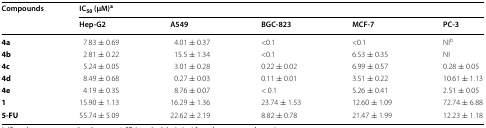
| <ROWSPAN=2> Compounds | <COLSPAN=5> IC50 (μM)a |
 | Hep-G2 | A549 | BGC-823 | MCF-7 | PC-3 |
 | --- | --- | --- | --- | --- | --- |
 | 4a | 7.83 ± 0.69 | 4.01 ± 0.37 | <0.1 | <0.1 | NIb |
 | 4b | 2.81 ± 0.22 | 15.5 ± 1.34 | <0.1 | 6.53 ± 0.35 | NI |
 | 4c | 5.24 ± 0.05 | 3.01 ± 0.28 | 0.22 ± 0.02 | 6.99 ± 0.57 | 0.28 ± 0.05 |
 | 4d | 8.49 ± 0.68 | 0.27 ± 0.03 | 0.11 ± 0.01 | 3.51 ± 0.22 | 10.61 ± 1.13 |
 | 4e | 4.19 ± 0.35 | 8.76 ± 0.07 | < 0.1 | 5.26 ± 0.41 | 2.51 ± 0.05 |
 | 1 | 15.90 ± 1.13 | 16.29 ± 1.36 | 23.74 ± 1.53 | 12.60 ± 1.09 | 72.74 ± 6.88 |
 | 5-FU | 55.74 ± 5.09 | 22.62 ± 2.19 | 8.82 ± 0.78 | 21.47 ± 1.99 | 12.23 ± 1.18 |